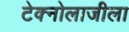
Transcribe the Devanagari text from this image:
टेक्नोलाजीला